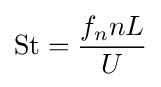
\mathrm {St} ={\frac {f_{n}nL}{U}}